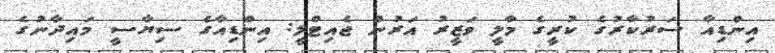
އިންޑިއާ ސަރުކާރުގެ ކުރީގެ މާލީ ވަޒީރު އަރުން ޖެއިޓްލީ: އިންޑިއާގެ ސިޔާސީ މައިދާނުގެ